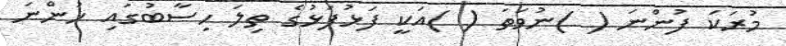
މުރަކަ ފުންނަ ( )ނުވަތަ ( )އަކީ ފަޅުފަޅުގެ ތިލަ ހިސާބުގައި ހުންނަ